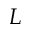
L